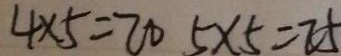
4 \times 5 = 2 0 5 \times 5 = 2 5